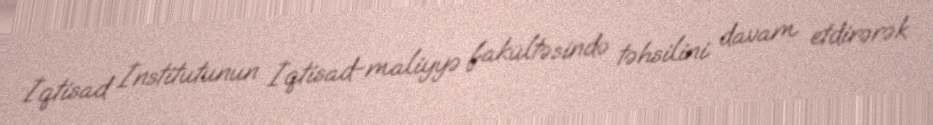
İqtisad İnstitutunun İqtisad-maliyyə fakültəsində təhsilini davam etdirərək